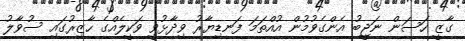
ގާޒީ ހަސަން ނަޖީބު އެންގެވުމުން އުއްތަމަ ފަނޑިޔާރު ވިދާޅުވީ ވަކީލެއްގެ ހާޒިރުގައި ސުވާލު